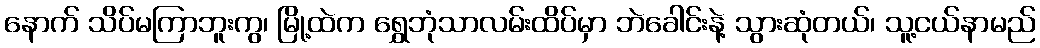
နောက် သိပ်မကြာဘူးကွ၊ မြို့ထဲက ရွှေဘုံသာလမ်းထိပ်မှာ ဘဲခေါင်းနဲ့ သွားဆုံတယ်၊ သူ့ငယ်နာမည်